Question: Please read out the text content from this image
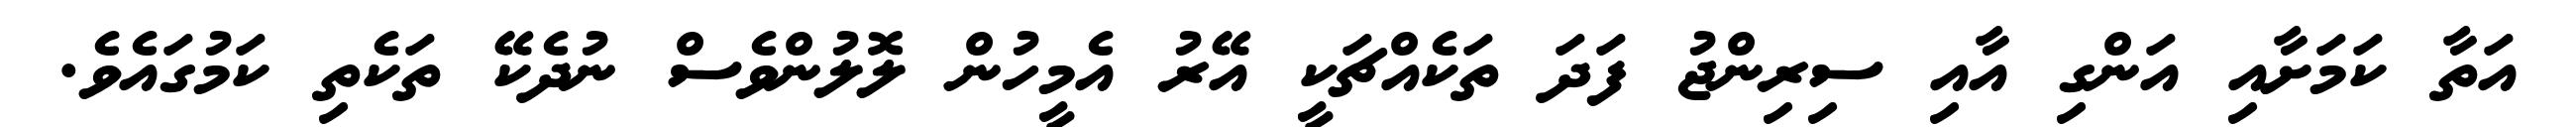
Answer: އަތާ ކަމަށާއި އަންގި އާއި ސިރިންޖު ފަދަ ތަކެއްޗަކީ އޭރު އެމީހުން ލޮލުންވެސް ނުދެކޭ ތަކެތި ކަމުގައެވެ.